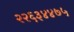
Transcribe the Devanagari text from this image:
२२६३४४७५